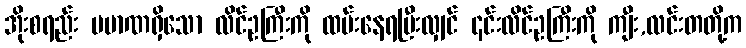
အိုးစရည်း ပမာဏရှိသော လိင်ဥကြီးကို ထမ်းနေရပြီးလျှင် ၎င်းလိင်ဥကြီးကို ကျီး,လင်းတတို့က